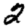
Digit: 2